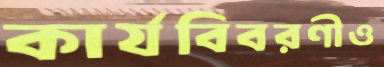
কার্যবিবরণীও